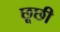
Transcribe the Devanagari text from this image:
छूछी